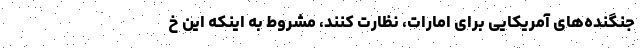
جنگنده‌های آمریکایی برای امارات، نظارت کنند، مشروط به اینکه این خ